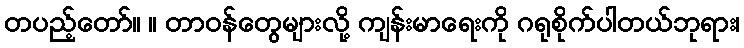
တပည့်တော်။ ။ တာဝန်တွေများလို့ ကျန်းမာရေးကို ဂရုစိုက်ပါတယ်ဘုရား၊